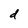
Character: d